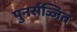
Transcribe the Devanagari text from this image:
पुनर्सज्जित